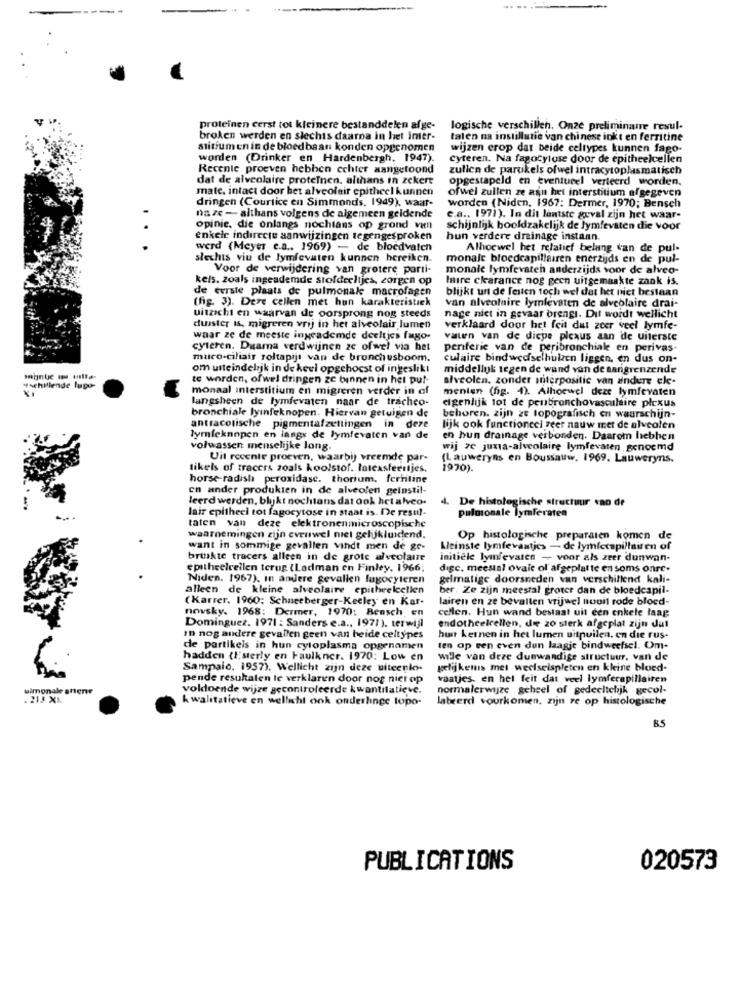
proteinen cerst tot kleinere bestanddelen afge-
logische verschillen. Onze preliminaire resul-
broken werden en slechts daarna in het inter-
talen na instillatie van chinese inkt en ferritine
sitiumen in de bloedbaan konden opgenomen
wijzen crop dat beide celtypes kunnen fago-
worden (Drinker en Hardenbergh, 1947).
cyteren. Na fagocytose door de epitheelcellen
Recente proeven hebben echter aangetoond
zullen de partikels ofwel intracytoplasmatisch
dat de alveolaire proteinen. althans in zekere
opgestapeld en eventueel verteerd worden.
mate. intact door het alveoleir epitheel kunnen
ofwel zullen ze aan het interstitium afgegeven
dringen (Courtice en Simmonds, 1949), waar-
worden (Niden, 1967: Dermer, 1970; Bensch
na ze - althans volgens de algemeen geldende
e.a .. 1971). In dit lantste geval zijn het waar-
..
opinie, die onlangs nochtans op grond van
schijnlijk hoofdzakelijk de lymfevaten die voor
enkele indirecte aanwijzingen tegengesproken
hun verdere drainage instaan.
.
werd (Meyer c.a ., 1969) - de bloedvaten
Alhoewel het relatief belang van de pul-
slechts viu de lymfevaten kunnen bereiken.
monale bloedcapillairen enerzijds en de pul-
Voor de verwijdering van grotere parti-
monale lymfevaten anderzijds voor de alveo-
kels. zoals ingeademde stofdeeltjes, zorgen op
lire ckarance nog geen uitgemaakte zaak is.
de eerste plaats de pulmonale macrofagen
blijkt unt de festen toch wel dat het niet bestaan
(fig. 3). Dere cellen met hun karakteristiek
van alveolaire lymfevaten de alveolaire drai-
uitzicht en waarvan de oorsprong nog steeds
nage nict in gevaar brengt. Dit wordt wellicht
duister is, migreren vrij in het alveolair lumen
verklaard door het feit dat zeer veel lymfe-
waar ze de meeste ingeademde deeltjes fugo.
valen van de dicpe plexus aan de Uiterste
cyteren. Duama verdwijnen ze ofwel via het
periferie van de peribronchiale en perivas.
muro-ciliais roltapijt van de bronchusboom.
culaire bindweefselhulzen liggen. en dus on-
om uiteindelijk in de keel opgehocst of ingeslik!
middellyk tegen de wand van de aangrenzende
te worden, ofwel dringen ze binnen in her pul-
alveolen. zonder interposilic van andere ele-
"schillende lupo-
monaal interstitium en migreren verder in of
menten (fig. 4). Alhoewel deze lymfevaten
langsheen de lymfevaten naar de tracheo-
eigenlijk tot de peubronchovasculaire plexus
bronchiale lymfeknopen. Hiervan getuigen de
behoren. zijn ze topografisch en waarschijn-
antracolische pigmentafzettingen in deze
lijk ook functioneel zeer nauw mer de alveolen
lymfeknopen en langs de lymfevaten van de
en hun drainage verbonden. Daarom hebben
volwassen menselijke Jong.
wij ze juxta-alveolaire lymfevaten genoemd
Uit recente proeven, waarbij vreemde par-
(Lauweryns en Boussauw, 1969. Lauweryns.
likels of tracers zoals koolstof. latexsfeertjes.
1970).
horse-radish peroxidase. thorium. fernline
en ander produkten in de alveolen geinstil-
leerd werden, bhjkt nochtans dat ook hetalveo-
4. De histologische structuur van de
lair epitheel tot fagocytose in staat is. De restil-
puloionale lymferaten
taten van deze elektronenmicroscopische
waarnemingen zijn evenwel niet gelijkluidend.
Op histologische preparaten komen de
want in sommige gevallen vindt men de ge-
Meinste lymfevaatjes - de lymfecapillairen of
brukte tracers alleen in de grote alveolaire
initiele lymfevaten - voor als zeer dunwan-
epitheelcellen terug (Ladman en Finley, 1966;
digc. meestal ovale ol afgeplatte en soms onrc.
Niden. 1967), In andere gevallen lugocyteren
gelmatige doorsneden van verschillend kali-
alleen de kleine alveolaire epitheelcellen
ber. Ze zijn meestal groter dan de bloedcapil-
(Karrer. 1960: Schneeberger-Keeley en Kar-
lairen en ze bevallen vrijwel nuuit rode bloed-
novsky. 1968: Dermer, 1970: Bensch en
cellen. Hun wand bestaat uit een enkele laag
Dominguez. 1971 : Sanders e.a ., 1971). terwijl
endotheelcellen, dee 20 sterk afgeplat zijn dul
In nog andere gevallen geen van beide celtypes
hun kernen in het lumen uitpuilen. en die rus-
de partikels in hun cytoplasma opgenomen
ten op een even dun laagje bindweefsel. Om-
hadden (Isterly en Faulkner. 1970: Low en
wille van deze dunwandige structuur, van de
Sampaio, 1957). Wellicht zijn deze uiteenlo-
gelijkenis met weefselspleten en kleine bloed-
pende resultaten le verklaren door nog niet op
vaatjes, en hel feit dat veel lymfecapillairen
simonale arlene
voldoende wijze gecontroleerde kwantitatieve.
normalerwijze geheel of gedeeltelijk gecol-
. 21J X1.
kwalitatieve en wellicht ook onderlinge topo-
labeerd vourkomen, zijn re op histologische
85
PUBLICATIONS
020573